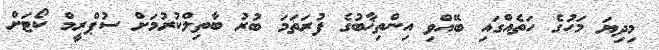
މިދިޔަ މަހުގެ ހަތެއްގައި ބޭއްވި އިންތިޚާބުގެ ފުރަތަމަ ބުރު ބާތިލްކުރުމަށް ސުޕްރީމް ކޯޓަށް